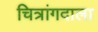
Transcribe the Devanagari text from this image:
चित्रांगदाला